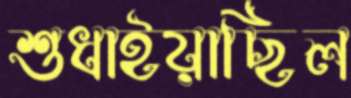
শুধাইয়াছিল